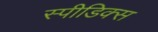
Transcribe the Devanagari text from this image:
स्पीडिक्स